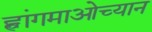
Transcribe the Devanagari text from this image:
ह्वांगमाओच्यान